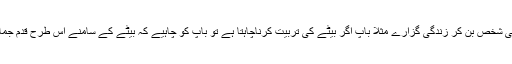
پس مربّی یعنی تربیّت کرنے والے کو چاہیے کہ وہ خود ایک مثالی شخص بن کر زندگی گزارے مثلاً باپ اگر بیٹے کی تربیّت کرناچاہتا ہے تو باپ کو چاہیے کہ بیٹے کے سامنے اس طرح قدم جماجما کر چلے کہ بیٹا اس کے نقش قدم پر قدم رکھ کر آگے بڑھے۔